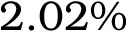
2 . 0 2 \%